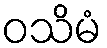
ဝသိမံ